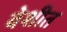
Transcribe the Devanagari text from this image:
वेशीत